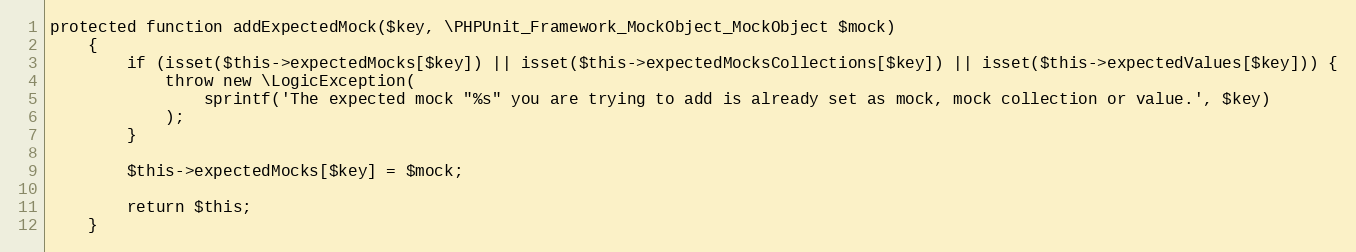
Language: PHP
protected function addExpectedMock($key, \PHPUnit_Framework_MockObject_MockObject $mock)
    {
        if (isset($this->expectedMocks[$key]) || isset($this->expectedMocksCollections[$key]) || isset($this->expectedValues[$key])) {
            throw new \LogicException(
                sprintf('The expected mock "%s" you are trying to add is already set as mock, mock collection or value.', $key)
            );
        }

        $this->expectedMocks[$key] = $mock;

        return $this;
    }